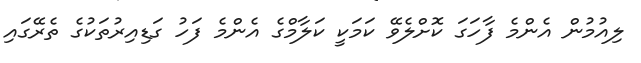
ލިއުމުން އެންމެ ފާހަގަ ކޮށްލެވޭ ކަމަކީ ކަލާމްގެ އެންމެ ފަހު ގަޑިއިރުތަކުގެ ތެރޭގައި